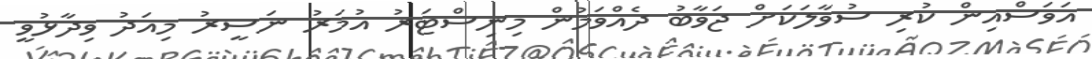
އަވަސްއިން ކުރި ސުވާލަކަށް ޖަވާބު ދެއްވަމުން މިނިސްޓަރު އުމަރު ނަސީރު މިއަދު ވިދާޅުވީ